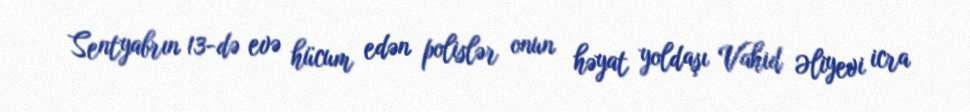
Sentyabrın 13-də evə hücum edən polislər onun həyat yoldaşı Vahid Əliyevi icra